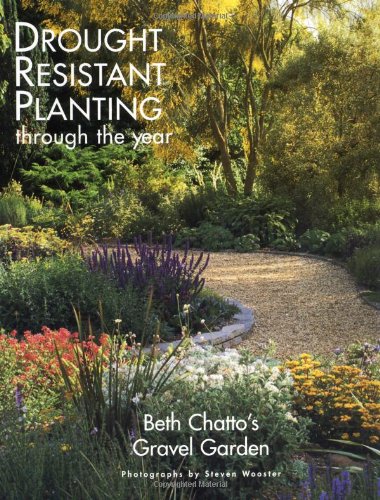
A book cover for Drought Resistant Planting; Beth Chatto; Crafts, Hobbies & Home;